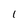
Character: 1